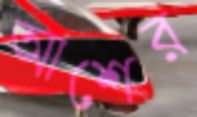
আশের